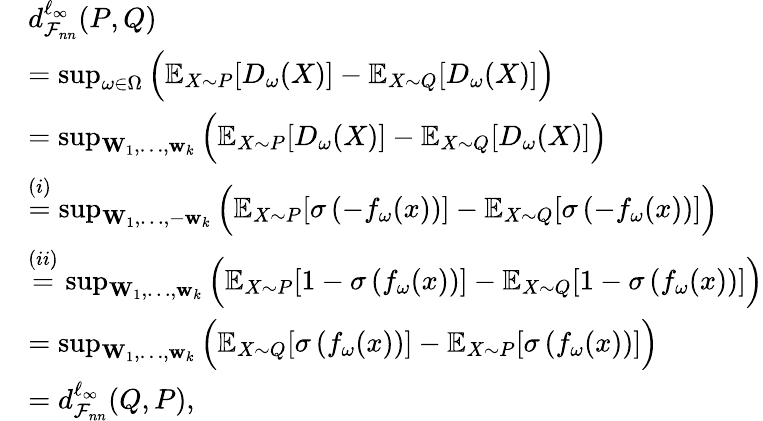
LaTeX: \begin{array}{rl}&{d_{\mathcal{F}_{nn}}^{\ell_{\infty}}(P,Q)}\\ &{=\operatorname*{sup}_{\omega\in\Omega}\Big(\mathbb{E}_{X\sim P}[D_{\omega}(X)]-\mathbb{E}_{X\sim Q}[D_{\omega}(X)]\Big)}\\ &{=\operatorname*{sup}_{\mathbf{W}_{1},\dots,\mathbf{w}_{k}}\Big(\mathbb{E}_{X\sim P}[D_{\omega}(X)]-\mathbb{E}_{X\sim Q}[D_{\omega}(X)]\Big)}\\ &{\overset{(i)}{=}\operatorname*{sup}_{\mathbf{W}_{1},\dots,-\mathbf{w}_{k}}\Big(\mathbb{E}_{X\sim P}[\sigma\left(-f_{\omega}(x)\right)]-\mathbb{E}_{X\sim Q}[\sigma\left(-f_{\omega}(x)\right)]\Big)}\\ &{\overset{(ii)}{=}\operatorname*{sup}_{\mathbf{W}_{1},\dots,\mathbf{w}_{k}}\Big(\mathbb{E}_{X\sim P}[1-\sigma\left(f_{\omega}(x)\right)]-\mathbb{E}_{X\sim Q}[1-\sigma\left(f_{\omega}(x)\right)]\Big)}\\ &{=\operatorname*{sup}_{\mathbf{W}_{1},\dots,\mathbf{w}_{k}}\Big(\mathbb{E}_{X\sim Q}[\sigma\left(f_{\omega}(x)\right)]-\mathbb{E}_{X\sim P}[\sigma\left(f_{\omega}(x)\right)]\Big)}\\ &{=d_{\mathcal{F}_{nn}}^{\ell_{\infty}}(Q,P),}\end{array}